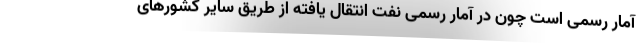
آمار رسمی است چون در آمار رسمی نفت انتقال یافته از طریق سایر کشورهای